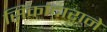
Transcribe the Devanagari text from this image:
सिकांदाराने